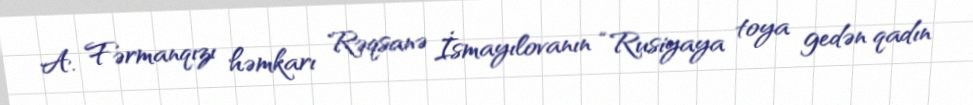
A. Fərmanqızı həmkarı Rəqsanə İsmayılovanın “Rusiyaya toya gedən qadın